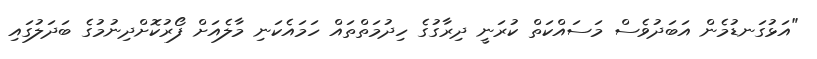
"އަޅުގަނޑުމެން އަބަދުވެސް މަސައްކަތް ކުރަނީ ދިރާގުގެ ހިދުމަތްތައް ހަމައެކަނި މާލެއަށް ފޯރުކޮށްދިނުމުގެ ބަދަލުގައި